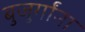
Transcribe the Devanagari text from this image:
बुजुर्गांना